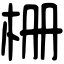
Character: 栅